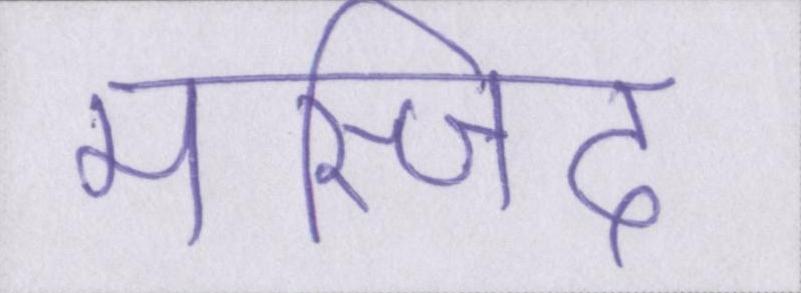
मस्जिद